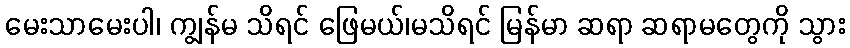
မေးသာမေးပါ၊ ကျွန်မ သိရင် ဖြေမယ်၊မသိရင် မြန်မာ ဆရာ ဆရာမတွေကို သွား